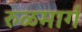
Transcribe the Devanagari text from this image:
रुळमार्ग